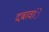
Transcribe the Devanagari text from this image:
दबावांे